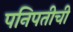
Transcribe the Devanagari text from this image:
पनिपतीची